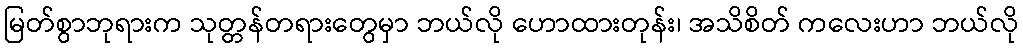
မြတ်စွာဘုရားက သုတ္တန်တရားတွေမှာ ဘယ်လို ဟောထားတုန်း၊ အသိစိတ် ကလေးဟာ ဘယ်လို